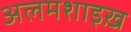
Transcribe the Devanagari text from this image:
अलमशाइख़